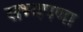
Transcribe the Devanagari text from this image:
सभ्यपणा